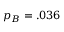
p _ { B } = . 0 3 6